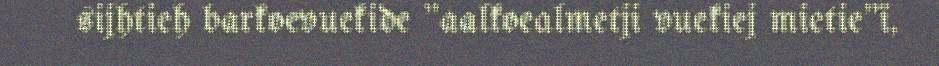
sijhtieh barkoevuekide "aalkoealmetji vuekiej mietie"ï,